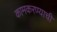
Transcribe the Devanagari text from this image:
कामकरण्याची